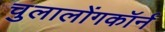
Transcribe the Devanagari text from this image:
चुलालोंगकॉर्न